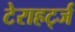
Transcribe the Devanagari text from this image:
टेराहर्ट्ज